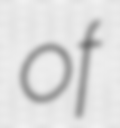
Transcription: of